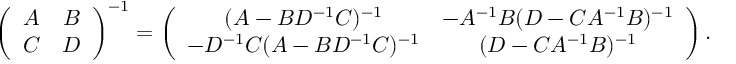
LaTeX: \left( \begin{array} { c c } { { A } } & { { B } } \\ { { C } } & { { D } } \end{array} \right) ^ { - 1 } = \left( \begin{array} { c c } { { ( A - B D ^ { - 1 } C ) ^ { - 1 } } } & { { - A ^ { - 1 } B ( D - C A ^ { - 1 } B ) ^ { - 1 } } } \\ { { - D ^ { - 1 } C ( A - B D ^ { - 1 } C ) ^ { - 1 } } } & { { ( D - C A ^ { - 1 } B ) ^ { - 1 } } } \end{array} \right) .